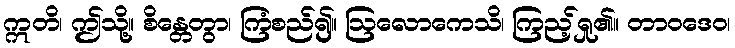
ဣတိ၊ ဤသို့။ စိန္တေတွာ၊ ကြံစည်၍။ ဩလောကေသိ၊ ကြည့်ရှု၏။ တာဝဒေဝ၊